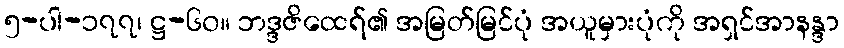
၅-ပါ-၁၇၇၊ ဋ္ဌ-၆၀။ ဘဒ္ဒဇိထေရ်၏ အမြတ်မြင်ပုံ အယူမှားပုံကို အရှင်အာနန္ဒာ